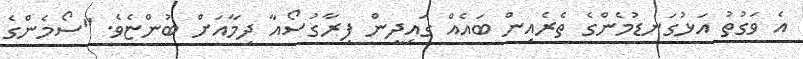
އެ ވަގުތު އަޅުގަނޑުމެންގެ ތެރެއިން ބައެއް ގައިދީން ފިރާގުސޯއާ ދިމާއަށް ބުންޏެވެ. "ސޯމެންގެ